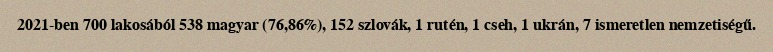
2021-ben 700 lakosából 538 magyar (76,86%), 152 szlovák, 1 rutén, 1 cseh, 1 ukrán, 7 ismeretlen nemzetiségű.